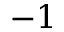
- 1